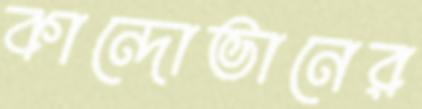
কান্দোভানের